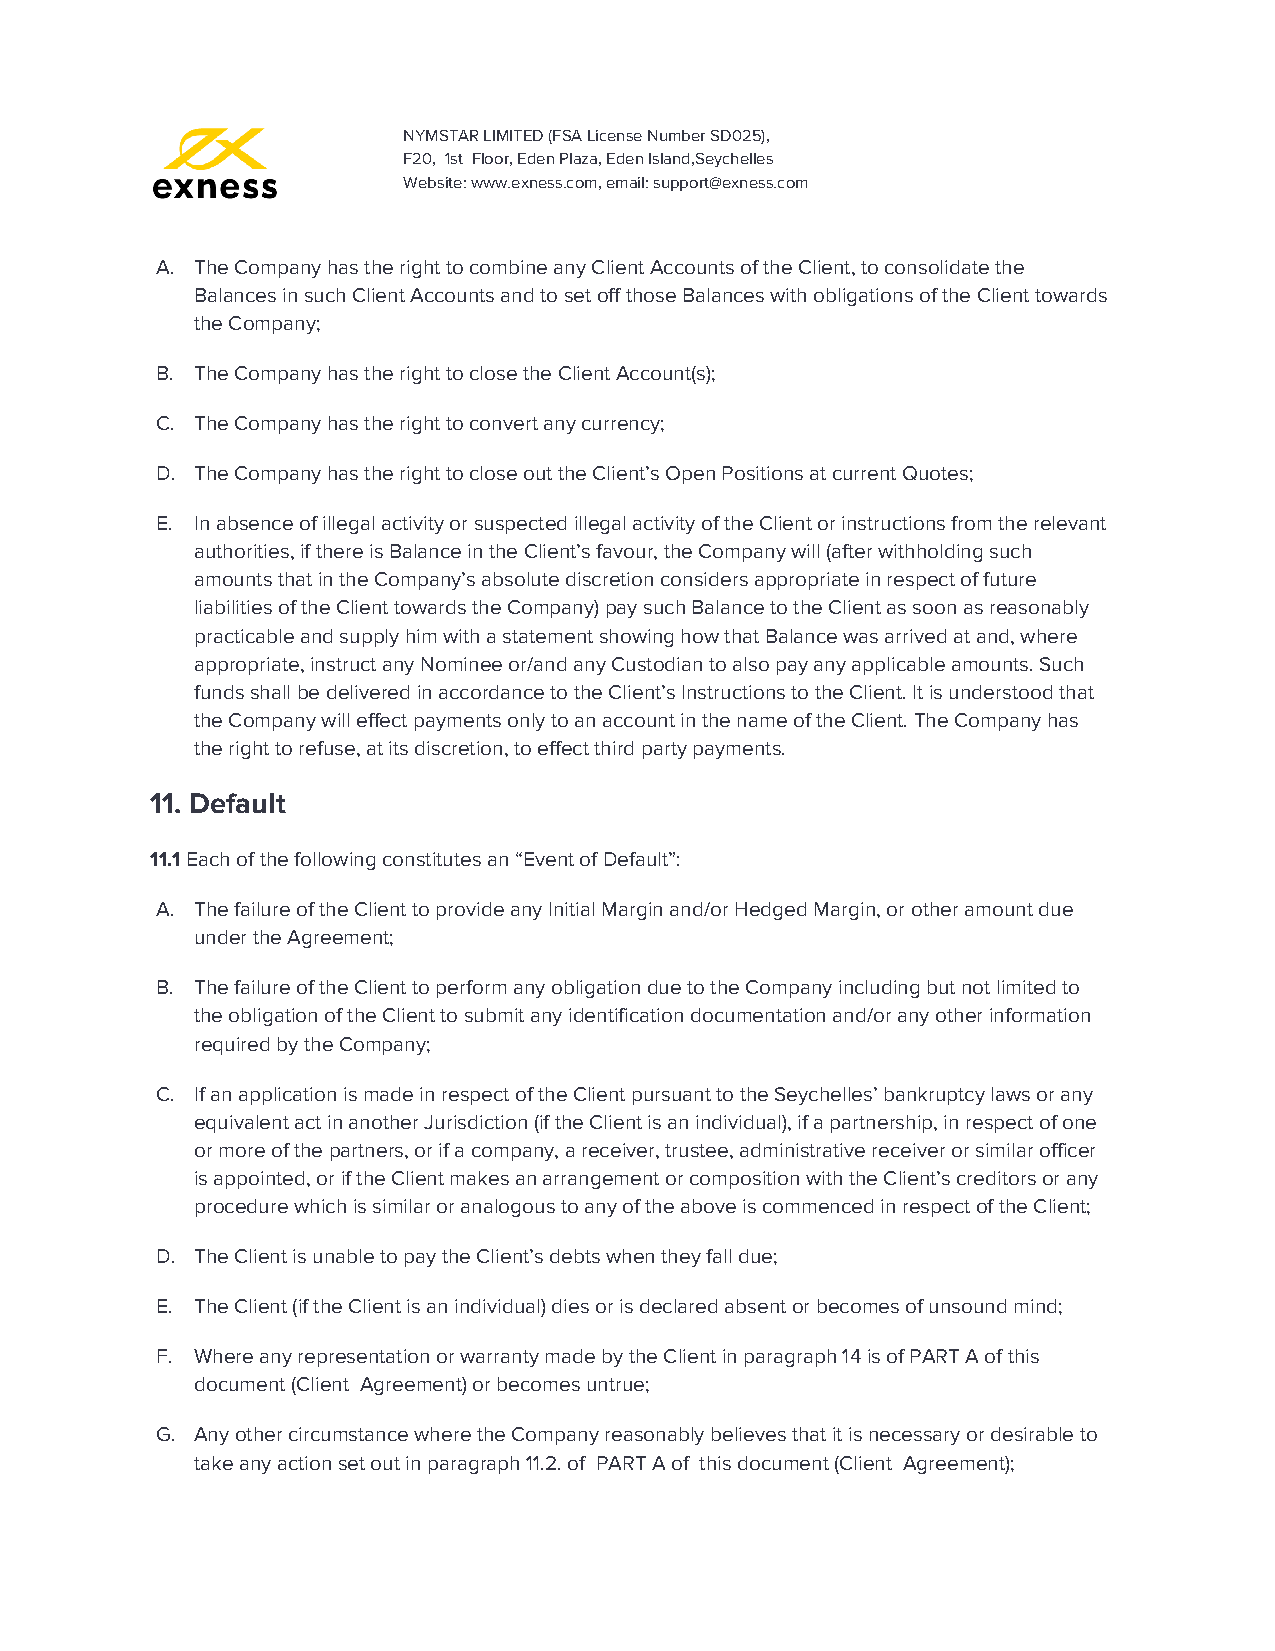
NYMSTAR LIMITED (FSA License Number SD025),
 F20, 1st Floor, Eden Plaza, Eden Island,Seychelles
 Website: www.exness.com, email: support@exness.com
 A. The Company has the right to combine any Client Accounts of the Client, to consolidate the
 Balances in such Client Accounts and to set off those Balances with obligations of the Client towards
 the Company;
 B. The Company has the right to close the Client Account(s);
 C. The Company has the right to convert any currency;
 D. The Company has the right to close out the Client’s Open Positions at current Quotes;
 E. In absence of illegal activity or suspected illegal activity of the Client or instructions from the relevant
 authorities, if there is Balance in the Client’s favour, the Company will (after withholding such
 amounts that in the Company’s absolute discretion considers appropriate in respect of future
 liabilities of the Client towards the Company) pay such Balance to the Client as soon as reasonably
 practicable and supply him with a statement showing how that Balance was arrived at and, where
 appropriate, instruct any Nominee or/and any Custodian to also pay any applicable amounts. Such
 funds shall be delivered in accordance to the Client’s Instructions to the Client. It is understood that
 the Company will effect payments only to an account in the name of the Client. The Company has
 the right to refuse, at its discretion, to effect third party payments.
 11. Default
 11.1 Each of the following constitutes an “Event of Default”:
 ​
 A. The failure of the Client to provide any Initial Margin and/or Hedged Margin, or other amount due
 under the Agreement;
 B. The failure of the Client to perform any obligation due to the Company including but not limited to
 the obligation of the Client to submit any identification documentation and/or any other information
 required by the Company;
 C. If an application is made in respect of the Client pursuant to the Seychelles’ bankruptcy laws or any
 equivalent act in another Jurisdiction (if the Client is an individual), if a partnership, in respect of one
 or more of the partners, or if a company, a receiver, trustee, administrative receiver or similar officer
 is appointed, or if the Client makes an arrangement or composition with the Client’s creditors or any
 procedure which is similar or analogous to any of the above is commenced in respect of the Client;
 D. The Client is unable to pay the Client’s debts when they fall due;
 E. The Client (if the Client is an individual) dies or is declared absent or becomes of unsound mind;
 F. Where any representation or warranty made by the Client in paragraph 14 is of PART A of this
 document (Client Agreement) or becomes untrue;
 G. Any other circumstance where the Company reasonably believes that it is necessary or desirable to
 take any action set out in paragraph 11.2. of PART A of this document (Client Agreement);